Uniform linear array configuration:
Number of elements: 32
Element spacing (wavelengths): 0.25
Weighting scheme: blackman
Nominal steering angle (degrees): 0
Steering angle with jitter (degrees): -0.1638
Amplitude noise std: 0.05
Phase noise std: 0.05

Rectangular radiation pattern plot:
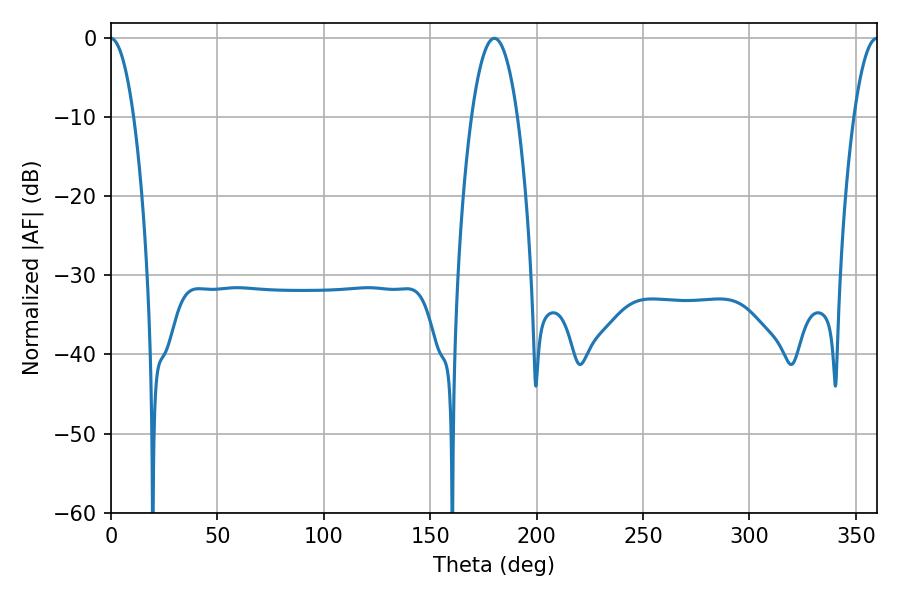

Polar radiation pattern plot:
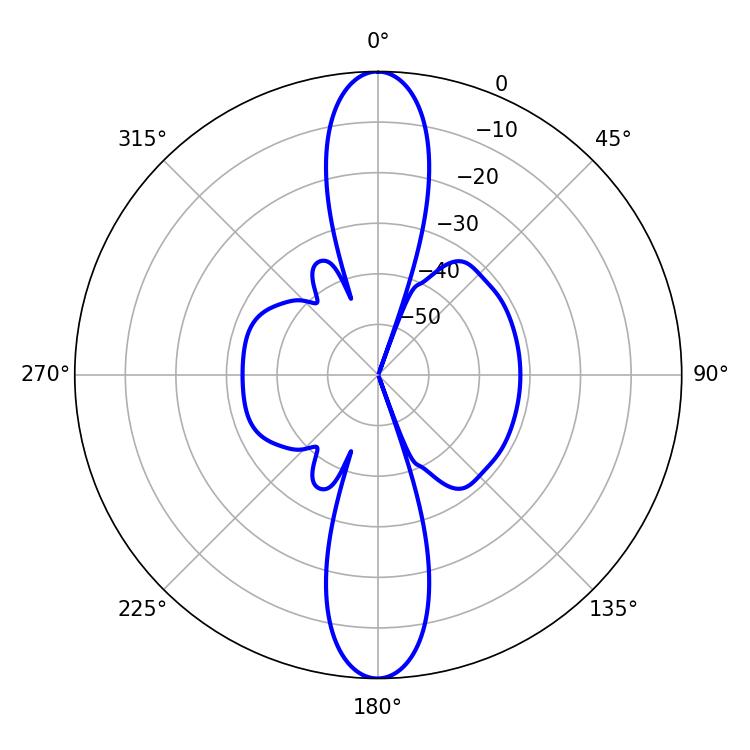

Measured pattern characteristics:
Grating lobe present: FALSE
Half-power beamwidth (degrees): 11.88
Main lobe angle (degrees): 180.18